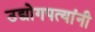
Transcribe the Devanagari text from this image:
उद्योगपत्यांनी